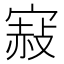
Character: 𡪌